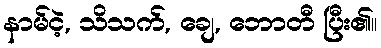
နာမ်ငဲ့, သိသက်, ချေ, ဘောတီ ပြီး၏။